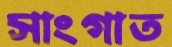
সাংগাত